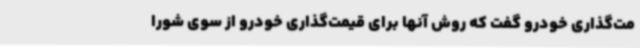
مت‌گذاری خودرو گفت که روش آنها برای قیمت‌گذاری خودرو از سوی شورا